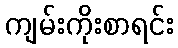
ကျမ်းကိုးစာရင်း